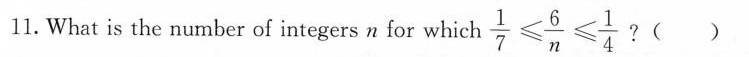
11.What is the number of integers n for which $$\frac { 1 } { 7 } ≤ \frac { 6 } { n } ≤ \frac { 1 } { 4 }$$ ?( )